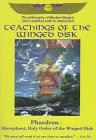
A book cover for Teachings of the Winged Disk: Phaedron : Hierophant, Holy Order of the Winged Disk; Phaedron; Religion & Spirituality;